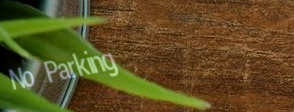
No Parking